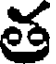
త